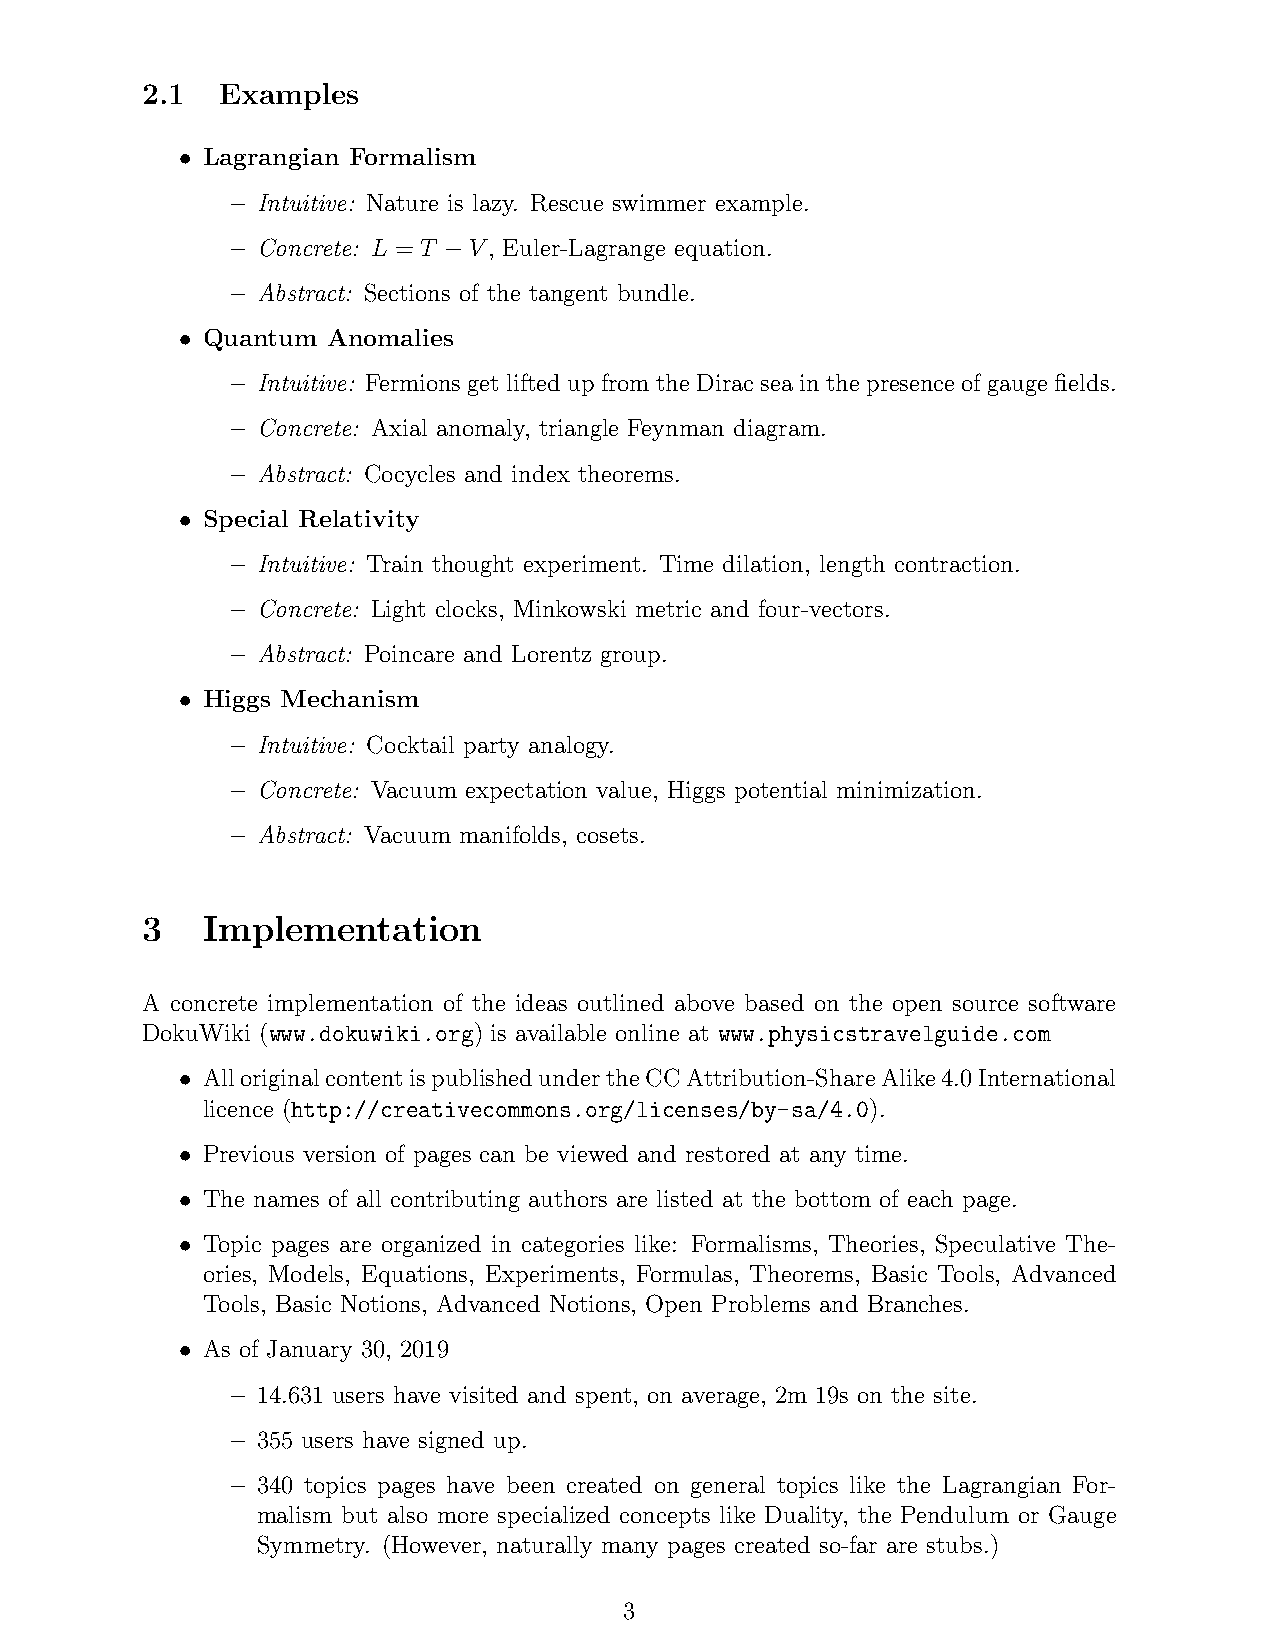
2.1  Examples
 • Lagrangian Formalism
 – Intuitive: Nature is lazy. Rescue swimmer example.
 – Concrete: L = T −V, Euler-Lagrange equation.
 – Abstract: Sections of the tangent bundle.
 • Quantum Anomalies
 – Intuitive: FermionsgetliftedupfromtheDiracseainthepresenceofgaugefields.
 – Concrete: Axial anomaly, triangle Feynman diagram.
 – Abstract: Cocycles and index theorems.
 • Special Relativity
 – Intuitive: Train thought experiment. Time dilation, length contraction.
 – Concrete: Light clocks, Minkowski metric and four-vectors.
 – Abstract: Poincare and Lorentz group.
 • Higgs Mechanism
 – Intuitive: Cocktail party analogy.
 – Concrete: Vacuum expectation value, Higgs potential minimization.
 – Abstract: Vacuum manifolds, cosets.
 3   Implementation
 A concrete implementation of the ideas outlined above based on the open source software
 DokuWiki (www.dokuwiki.org) is available online at www.physicstravelguide.com
 • AlloriginalcontentispublishedundertheCCAttribution-ShareAlike4.0International
 licence (http://creativecommons.org/licenses/by-sa/4.0).
 • Previous version of pages can be viewed and restored at any time.
 • The names of all contributing authors are listed at the bottom of each page.
 • Topic pages are organized in categories like: Formalisms, Theories, Speculative The-
 ories, Models, Equations, Experiments, Formulas, Theorems, Basic Tools, Advanced
 Tools, Basic Notions, Advanced Notions, Open Problems and Branches.
 • As of January 30, 2019
 – 14.631 users have visited and spent, on average, 2m 19s on the site.
 – 355 users have signed up.
 – 340 topics pages have been created on general topics like the Lagrangian For-
 malism but also more specialized concepts like Duality, the Pendulum or Gauge
 Symmetry. (However, naturally many pages created so-far are stubs.)
 3